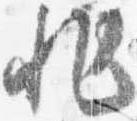
非